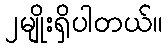
၂မျိုးရှိပါတယ်။